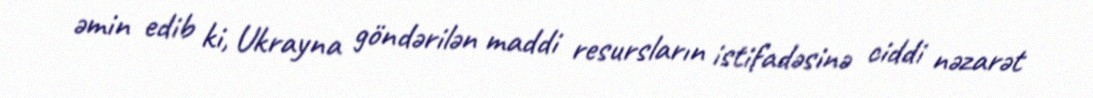
əmin edib ki, Ukrayna göndərilən maddi resursların istifadəsinə ciddi nəzarət